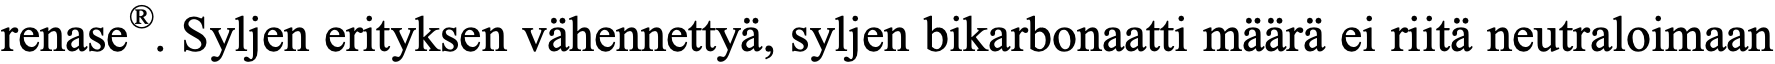
renase®. Syljen erityksen vähennettyä, syljen bikarbonaatti määrä ei riitä neutraloimaan